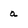
Character: a